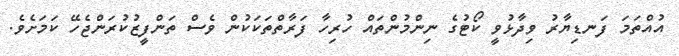
އުއްތަމަ ފަނޑިޔާރު ވިދާޅުވީ ކޯޓުގެ ނިންމުންތައް ހުރިހާ ފަރާތްތަކަކުން ވެސް ތަންފީޒުކުރަންޖެހޭ ކަމަށެވެ.